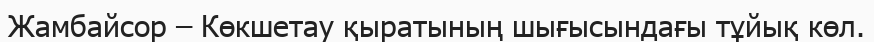
Жамбайсор – Көкшетау қыратының шығысындағы тұйық көл.